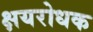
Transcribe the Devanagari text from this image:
क्षयरोधक